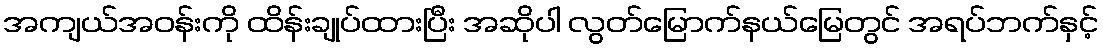
အကျယ်အဝန်းကို ထိန်းချုပ်ထားပြီး အဆိုပါ လွတ်မြောက်နယ်မြေတွင် အရပ်ဘက်နှင့်